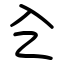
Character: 㐈